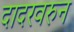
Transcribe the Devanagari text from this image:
दादरवरुन